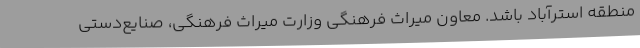
منطقه استرآباد باشد. معاون میراث فرهنگی وزارت میراث فرهنگی، صنایع‌دستی